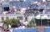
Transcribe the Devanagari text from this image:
गेरासचा